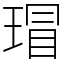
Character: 瑁